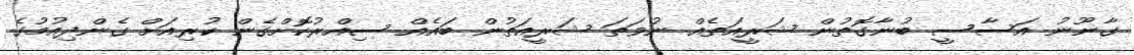
ގާނޫނު އަސާސީ ބުނާގޮތުން ޝަރީއަތެއް ނުވަތަ ޝަރީއަތުން ބައެއް ސިއްރުކޮށްގެން ކުރިއަށް ގެންދިއުމުގެ